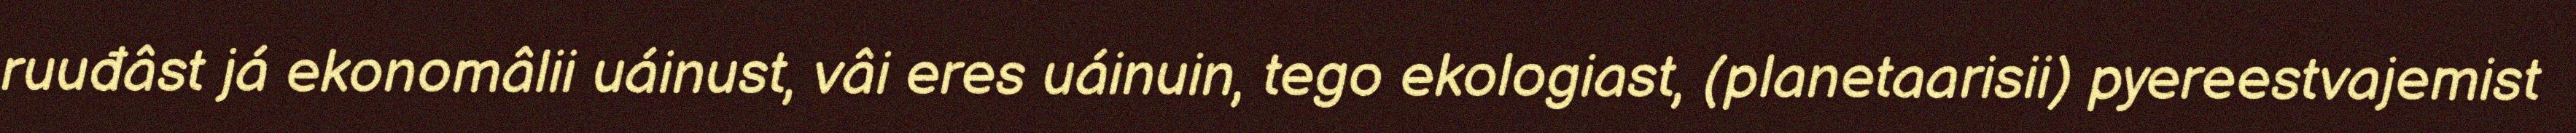
ruuđâst já ekonomâlii uáinust, vâi eres uáinuin, tego ekologiast, (planetaarisii) pyereestvajemist